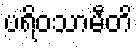
ပရိဝသာမီတိ